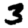
Digit: 3